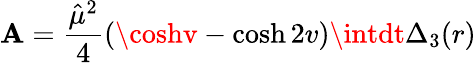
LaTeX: {\cal\mathbf{A}}=\frac{{\hat{{\mu}}^{2}}}{{4}}\left(\coshv-\cosh2v\right)\intdt\Delta_{3}(r)